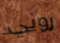
روني